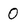
Character: O